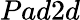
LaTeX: Pad2d